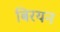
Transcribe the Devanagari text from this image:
बिरयन